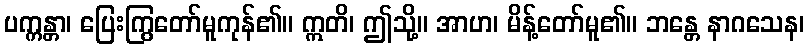
ပက္ကန္တာ၊ ပြေးကြွတော်မူကုန်၏။ ဣတိ၊ ဤသို့။ အာဟ၊ မိန့်တော်မူ၏။ ဘန္တေ နာဂသေန၊